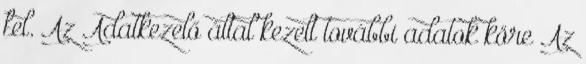
fel. Az Adatkezelő által kezelt további adatok köre Az